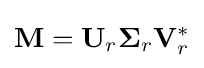
\mathbf {M} =\mathbf {U} _{r}\mathbf {\Sigma } _{r}\mathbf {V} _{r}^{*}